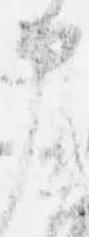
申